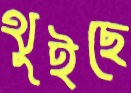
থুইছে